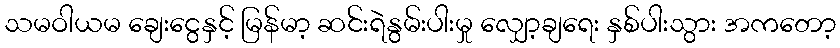
သမဝါယမ ချေးငွေနှင့် မြန်မာ့ ဆင်းရဲနွမ်းပါးမှု လျှော့ချရေး နှစ်ပါးသွား အကတော့